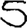
Digit: 5